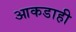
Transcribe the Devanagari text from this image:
आकडाही